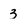
Character: 3